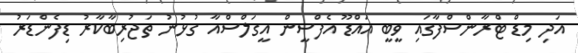
އަދި މިޑް ޓްރާންސްފާގައި ވީބީ އައްޑޫ އެފްސީން އީގަލްސްއާ ގުޅުނު ތަޖުރިބާކާރު ޑިފެންޑަރު